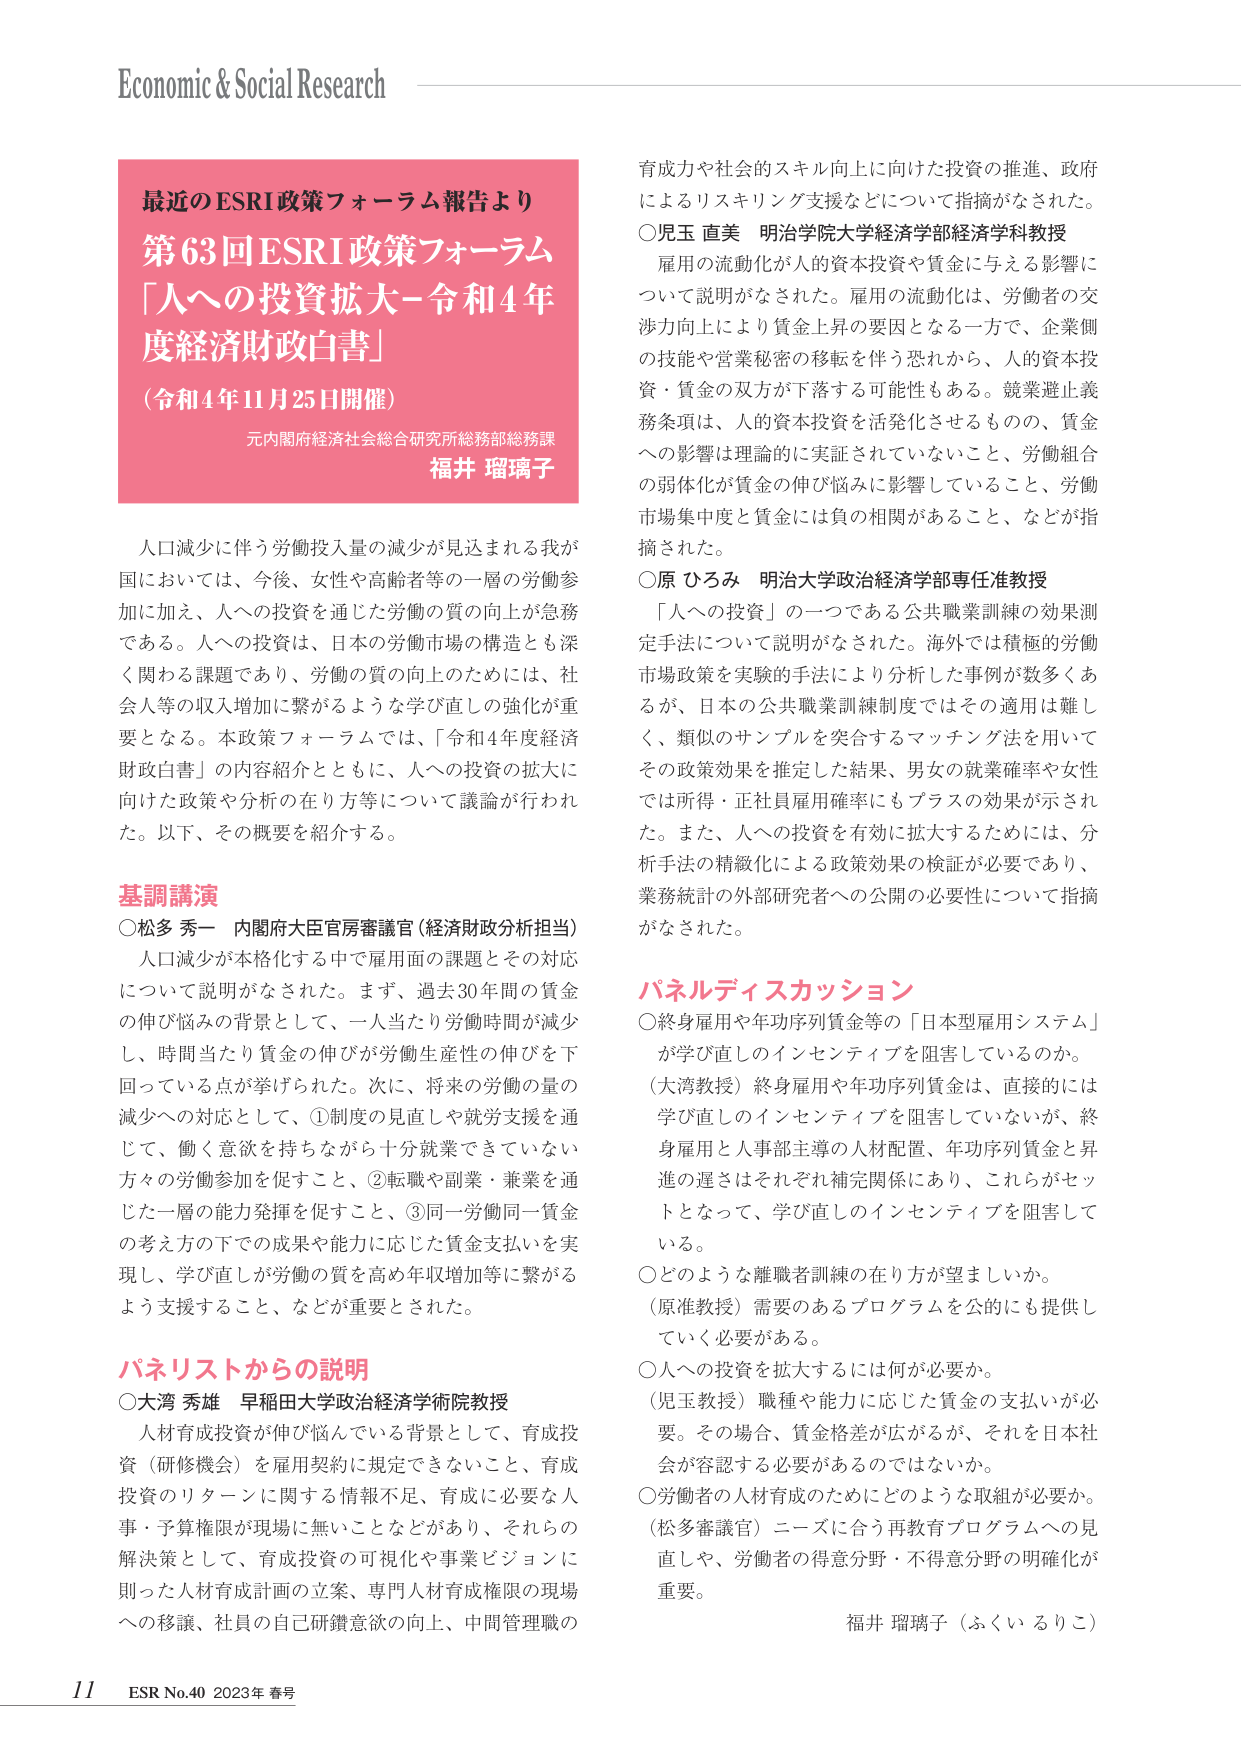
Economic & Social Research

最近のESRI政策フォーラム報告より
第63回ESRI政策フォーラム
「人への投資拡大－令和4年度経済財政白書」
（令和4年11月25日開催）
元内閣府経済社会総合研究所総務部総務課
福井 瑠璃子

人口減少に伴う労働投入量の減少が見込まれる我が国においては、今後、女性や高齢者等の一層の労働参加に加え、人への投資を通じた労働の質の向上が急務である。人への投資は、日本の労働市場の構造とも深く関わる課題であり、労働の質の向上のためには、社会人等の収入増加に繋がるような学び直しの強化が重要となる。本政策フォーラムでは、「令和4年度経済財政白書」の内容紹介とともに、人への投資の拡大に向けた政策や分析の在り方等について議論が行われた。以下、その概要を紹介する。

基調講演
○松多 秀一 内閣府大臣官房審議官（経済財政分析担当）
人口減少が本格化する中で雇用面の課題とその対応について説明がなされた。まず、過去30年間の賃金の伸び悩みの背景として、一人当たり労働時間が減少し、時間当たり賃金の伸びが労働生産性の伸びを下回っている点が挙げられた。次に、将来の労働の量の減少への対応として、①制度の見直しや就労支援を通じて、働く意欲を持ちながら十分就業できていない方々の労働参加を促すこと、②転職や副業・兼業を通じた一層の能力発揮を促すこと、③同一労働同一賃金の考え方での成果や能力に応じた賃金支払いを実現し、学び直しが労働の質を高め年収増加等に繋がるよう支援すること、などが重要とされた。

パネリストからの説明
○大湾 秀雄 早稲田大学政治経済学術院教授
人材育成投資が伸び悩んでいる背景として、育成投資（研修機会）を雇用契約に規定できないこと、育成投資のリターンに関する情報不足、育成に必要な人事・予算権限が現場に無いことなどがあり、それらの解決策として、育成投資の可視化や事業ビジョンに則った人材育成計画の立案、専門人材育成権限の現場への移譲、社員の自己研鑽意欲の向上、中間管理職の

育成力や社会的スキル向上に向けた投資の推進、政府によるリスキリング支援などについて指摘がなされた。
○児玉 直美 明治学院大学経済学部経済学科教授
雇用の流動化が人的資本投資や賃金に与える影響について説明がなされた。雇用の流動化は、労働者の交渉力向上により賃金上昇の要因となる一方で、企業側の技能や営業秘密の移転を伴う恐れから、人的資本投資・賃金の双方が下落する可能性もある。競業避止義務条項は、人的資本投資を活発化させるものの、賃金への影響は理論的に実証されていないこと、労働組合の弱体化が賃金の伸び悩みに影響していること、労働市場集中度と賃金には負の相関があること、などが指摘された。
○原 ひろみ 明治大学政治経済学部専任准教授
「人への投資」の一つである公共職業訓練の効果測定手法について説明がなされた。海外では積極的労働市場政策を実験的手法により分析した事例が数多くあるが、日本の公共職業訓練制度ではその適用は難しく、類似のサンプルを突合するマッチング法を用いてその政策効果を推定した結果、男女の就職確率や女性では所得・正社員雇用確率にもプラスの効果が示された。また、人への投資を有効に拡大するためには、分析手法の精緻化による政策効果の検証が必要であり、業務統計の外部研究者への公開の必要性について指摘がなされた。

パネルディスカッション
○終身雇用や年功序列賃金等の「日本型雇用システム」が学び直しのインセンティブを阻害しているのか。
（大湾教授）終身雇用や年功序列賃金は、直接的には学び直しのインセンティブを阻害していないが、終身雇用と人事部主導の人材配置、年功序列賃金と昇進の遅さはそれぞれ補完関係にあり、これらがセットとなって、学び直しのインセンティブを阻害している。
○どのような離職者訓練の在り方が望ましいか。
（原准教授）需要のあるプログラムを公的にも提供していく必要がある。
○人への投資を拡大するには何が必要か。
（児玉教授）職種や能力に応じた賃金の支払いが必要。その場合、賃金格差が広がるが、それを日本社会が容認する必要があるのではないか。
○労働者の人材育成のためにどのような取組が必要か。
（松多審議官）ニーズに合う再教育プログラムへの見直しや、労働者の得意分野・不得意分野の明確化が重要。

福井 瑠璃子（ふくい るりこ）

11 ESR No.40 2023年 春号